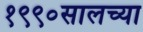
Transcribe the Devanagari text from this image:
१९९०सालच्या